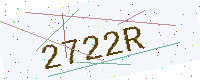
Text: 2722R